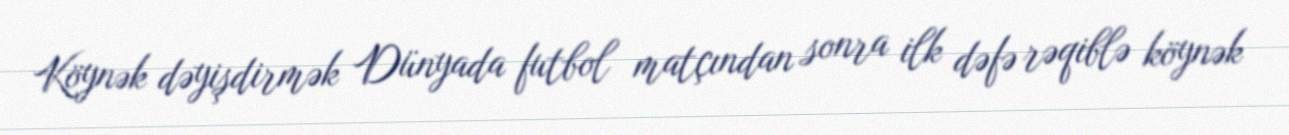
Köynək dəyişdirmək Dünyada futbol matçından sonra ilk dəfə rəqiblə köynək